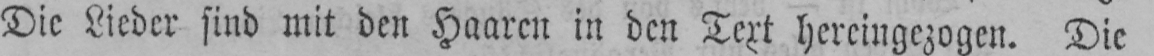
Die Lieder sind mit den Haaren in den Text hereingezogen. Die